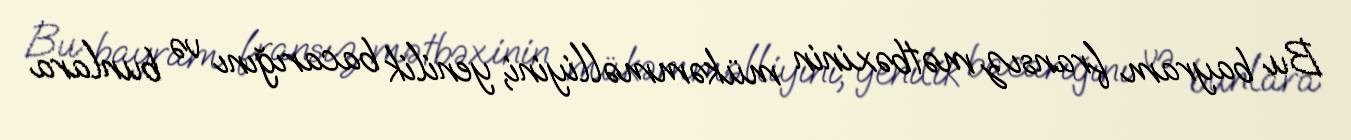
Bu bayram fransız mətbəxinin mükəmməlliyini, yenilik bacarığını və bunlara